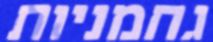
גחמניות